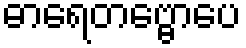
ဓာရေတဗ္ဗောပေ